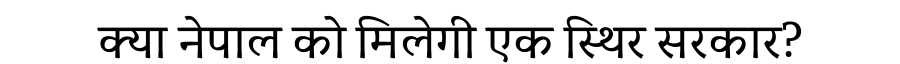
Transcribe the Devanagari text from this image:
क्या नेपाल को मिलेगी एक स्थिर सरकार?